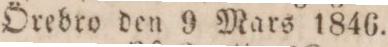
Örebro den 9 Mars 1846.